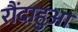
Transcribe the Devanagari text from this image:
रौंदाहुआ